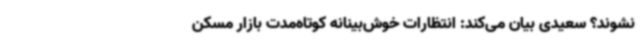
نشوند؟ سعیدی بیان می‌کند: انتظارات خوش‌بینانه کوتاه‌مدت بازار مسکن